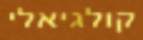
קולגיאלי